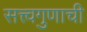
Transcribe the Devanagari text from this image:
सत्त्वगुणाची